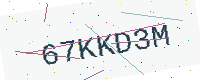
Text: 67KKD3M